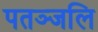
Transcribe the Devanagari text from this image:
पतञ्‍जलि